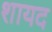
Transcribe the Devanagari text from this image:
शायद